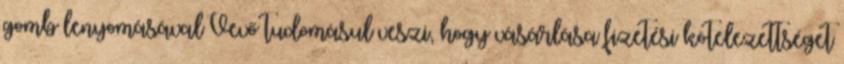
gomb lenyomásával Vevő tudomásul veszi, hogy vásárlása fizetési kötelezettséget